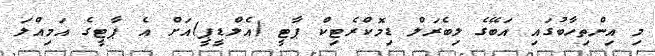
މި އިންތިހާބުގައި އަބޭގެ ލިބެރަލް ޑިމޮކްރެޓިކް ޕާޓީ (އެލްޑީޕީ)އަށް އެ ޕާޓީގެ އަމިއްލަ